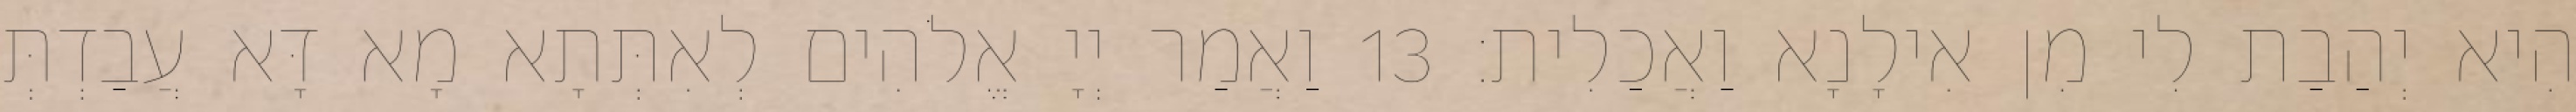
הִיא יְהַבַת לִי מִן אִילָנָא וַאֲכַלִית׃ 13 וַאֲמַר יְיָ אֱלֹהִים לְאִתְּתָא מָא דָּא עֲבַדְתְּ